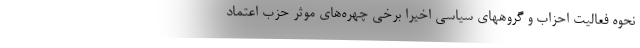
نحوه فعالیت احزاب و گروههای سیاسی اخیرا برخی چهره‌های موثر حزب اعتماد